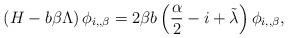
LaTeX: \begin{align*} \left( H - b \beta \Lambda \right) \phi_{i,, \beta}= 2\beta b \left( \frac{\alpha}{2}-i +\tilde \lambda \right)\phi_{i,, \beta},\end{align*}